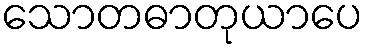
သောတဓာတုယာပေ